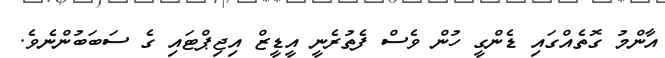
އާންމު ގޮތެއްގައި ޑެންގީ ހުން ވެސް ފެތުރެނީ އީޑީޒް އިޖިޕްޓައި ގެ ސަބަބުންނެވެ.